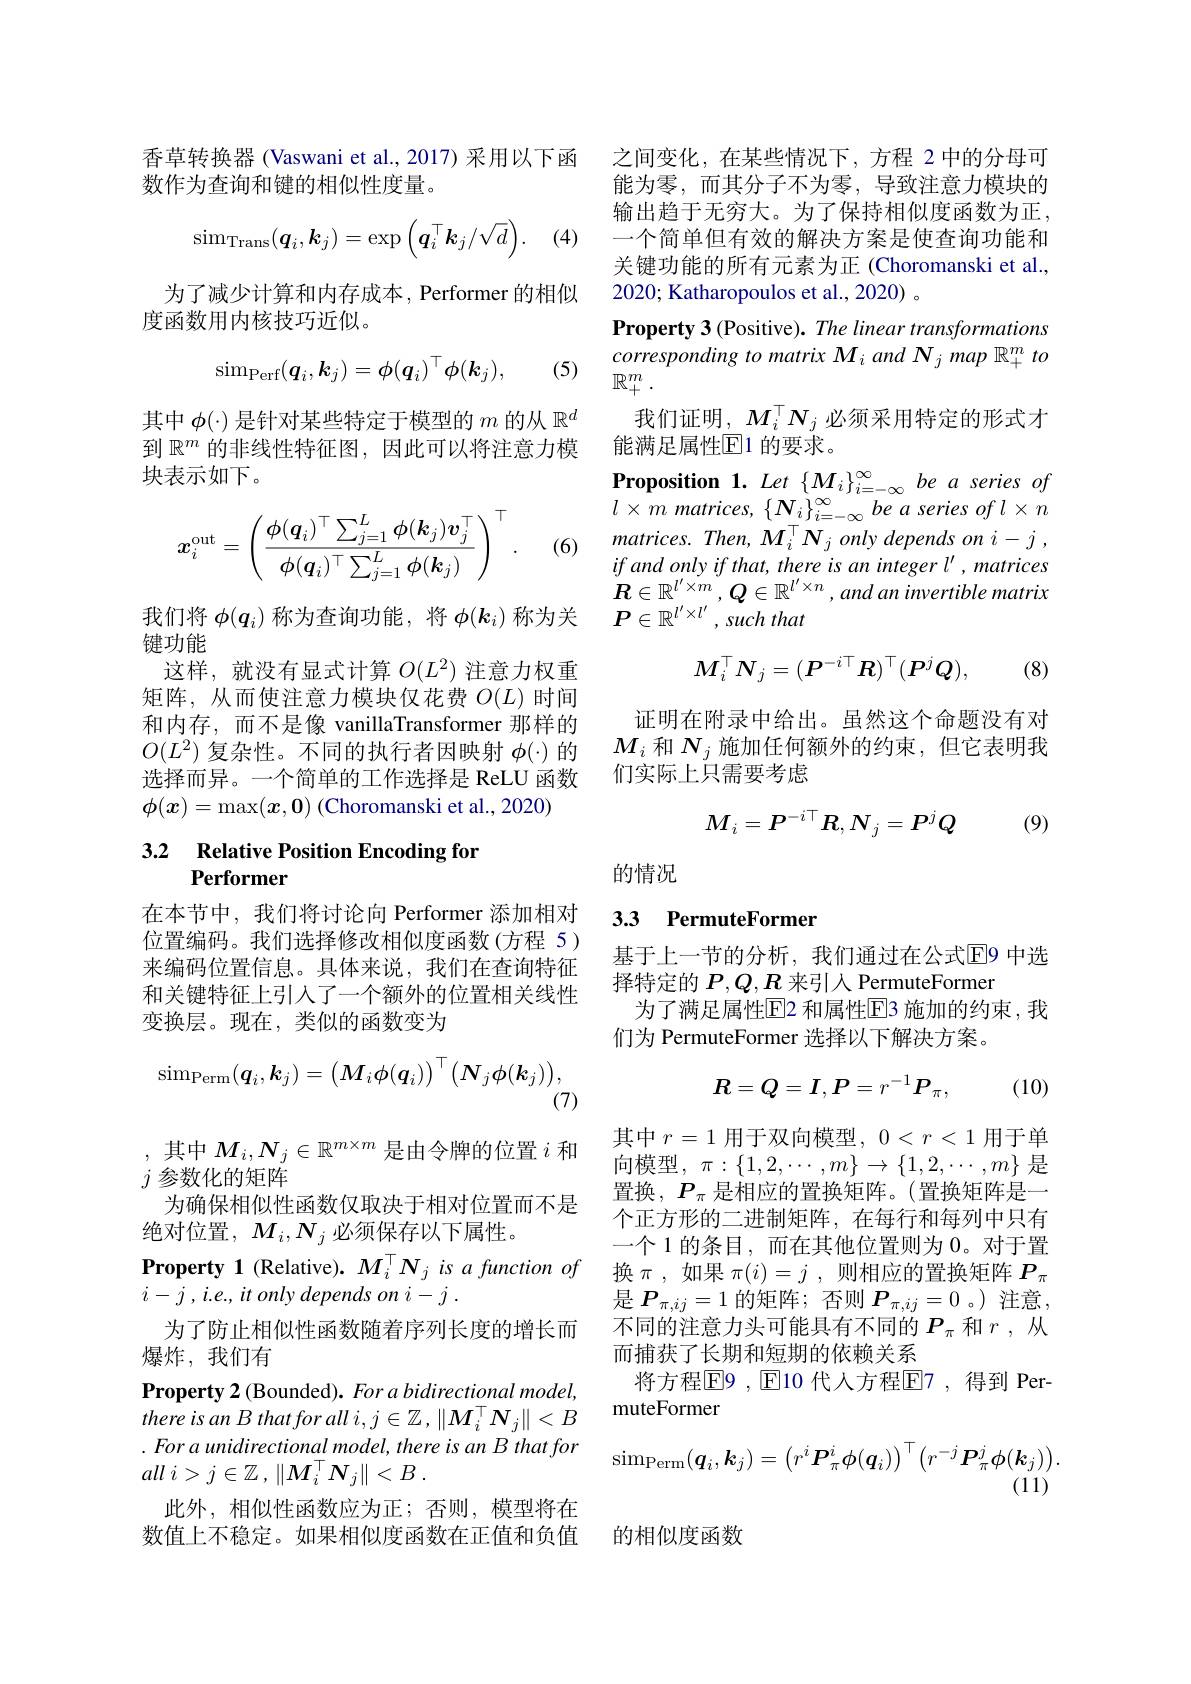
香草转换器 (Vaswani et al.,2017) 采用以下函
数作为查询和键的相似性度量。
$$\mathrm{sim}_{\mathrm{Trans}}(\boldsymbol{q}_i,\boldsymbol{k}_j)=\exp\Big(\boldsymbol{q}_i^\top\boldsymbol{k}_j/\sqrt{d}\Big).$$
(4

为了减少计算和内存成本，Performer 的相似
度函数用内核技巧近似。
$$\mathrm{sim}_{\mathrm{Perf}}(\boldsymbol{q}_i,\boldsymbol{k}_j)=\phi(\boldsymbol{q}_i)^\top\phi(\boldsymbol{k}_j),$$
(5)

其中$\phi(\cdot)$是针对某些特定于模型的$m$的从$\mathbb{R}^d$ 到$\mathbb{R}^m$的非线性特征图，因此可以将注意力模块表示如下。
$$\boldsymbol{x}_i^\mathrm{out}=\left(\frac{\phi(\boldsymbol{q}_i)^\top\sum_{j=1}^L\phi(\boldsymbol{k}_j)\boldsymbol{v}_j^\top}{\phi(\boldsymbol{q}_i)^\top\sum_{j=1}^L\phi(\boldsymbol{k}_j)}\right)^\top.$$
(6)

我们将$\phi(q_i)$称为查询功能，将$\phi(k_i)$称为关
键功能
这样，就没有显式计算$O(L^2)$注意力权重矩阵，从而使注意力模块仅花费$O(L)$时间和内存，而不是像 vanillaTransformer 那样的$O(L^2)$复杂性。不同的执行者因映射$\phi(\cdot)$的选择而异。一个简单的工作选择是 ReLU 函数$\phi(x)=\max(x,\mathbf{0})$ (Choromanski et al., 2020)

# $\begin{array}{ll}3.2&\text{Relative Position Encoding for}\\&\text{Performer}\end{array}$

在本节中，我们将讨论向 Performer 添加相对位置编码。我们选择修改相似度函数(方程 5) 来编码位置信息。具体来说，我们在查询特征和关键特征上引入了一个额外的位置相关线性变换层。现在，类似的函数变为
$$\operatorname{sim}_{\operatorname{Perm}}(\boldsymbol{q}_i,\boldsymbol{k}_j)=\begin{pmatrix}M_i\phi(\boldsymbol{q}_i)\end{pmatrix}^\top(\boldsymbol{N}_j\phi(\boldsymbol{k}_j)),$$
(7)

,其中$M_i,N_j\in\mathbb{R}^{m\times m}$是由令牌的位置$i$和
$j$参数化的矩阵
为确保相似性函数仅取决于相对位置而不是
绝对位置，$M_i,N_j$必须保存以下属性。
Property 1 (Relative). $M_i^\top N_j$ is a function of
$i- j$ , $i. e. $, $it$ only depends $on$ $i- j$ .
为了防止相似性函数随着序列长度的增长而
爆炸，我们有
Property 2 (Bounded). For a bidirectional model, there is an B that for all $i,j\in\mathbb{Z},\|M_i^\top N_j\|<B$ $. \textit{For a unidirectional model, there is an B that for}$ all $i> j\in \mathbb{Z}$ , $\| M_i^\top N_j\| < B$ .
此外，相似性函数应为正；否则，模型将在数值上不稳定。如果相似度函数在正值和负值

之间变化，在某些情况下，方程 2 中的分母可能为零，而其分子不为零，导致注意力模块的输出趋于无穷大。为了保持相似度函数为正， 一个简单但有效的解决方案是使查询功能和关键功能的所有元素为正 (Choromanski et al., 2020; Katharopoulos et al., 2020) 。
Property 3 (Positive). The linear transformations corresponding to matrix Mi and N $_j$ map $\mathbb{R}_+^m$ to $\mathbb{R}_+^m.$
我们证明，$M_i^\top N_j$必须采用特定的形式才
能满足属性$\boxed{\mathrm{F}}1$ 的要求。
Proposition 1. Let $\{M_i\}_{i=-\infty}^{\infty}be$ a series of $l\times m$ matrices, $\{ \boldsymbol{N}_i\} _i= - \infty ^{\infty }\textit{be a series of l n}$ $matrices. Then, M_{i}^{\top }N_{j}onlydependsoni- j$ , if and only if that, there is an integer l' , matrices $\boldsymbol{R}\in\mathbb{R}^{l^{\prime}\times m},\boldsymbol{Q}\in\mathbb{R}^{l^{\prime}\times n},and$ an invertible matrix $P\in \mathbb{R} ^{l^{\prime }\times l^{\prime }}, such$ that
$$M_i^\top N_j=(P^{-i\top}R)^\top(P^jQ),$$
(8)

证明在附录中给出。虽然这个命题没有对$M_i$和$N_j$施加任何额外的约束，但它表明我们实际上只需要考虑
$$M_i=P^{-i\top}R,N_j=P^jQ$$
(9)

的情况

## 3.3 PermuteFormer

基于上一节的分析，我们通过在公式$\overline{\mathrm{E}}$9 中选
择特定的$P,Q,R$来引入 PermuteFormer
为了满足属性$\overline{\mathrm{E}}$2 和属性$\overline{\mathrm{E}}$3 施加的约束，我
们为 PermuteFormer 选择以下解决方案。
$$R=Q=I,P=r^{-1}P_\pi,$$
(10)

其中$r=1$用于双向模型$,0<r<1$用于单向模型，$\pi:\{1,2,\cdots,m\}\to\{1,2,\cdots,m\}$是置换，$P_\pi$是相应的置换矩阵。(置换矩阵是一个正方形的二进制矩阵，在每行和每列中只有一个 1 的条目 , 而在其他位置则为 0。对于置换$\pi$ ,如果$\pi(i)=j$ ,则相应的置换矩阵$P_\pi$ 是$P_{\pi,ij}=1$的矩阵；否则$P_\pi,ij=0$ 。)注意， 不同的注意力头可能具有不同的$P_\pi$和$r$ ,从而捕获了长期和短期的依赖关系
将方程$\boxed{\mathrm{F}}9,\boxed{\mathrm{E}}$10 代人方程$\boxed{\mathrm{F}}7$, 得到 Per-
muteFormer
$$\mathrm{sim}_{\mathrm{Perm}}(\boldsymbol{q}_{i},\boldsymbol{k}_{j})=\left(r^{i}\boldsymbol{P}_{\pi}^{i}\phi(\boldsymbol{q}_{i})\right)^{\top}\left(r^{-j}\boldsymbol{P}_{\pi}^{j}\phi(\boldsymbol{k}_{j})\right).$$
(11)
的相似度函数